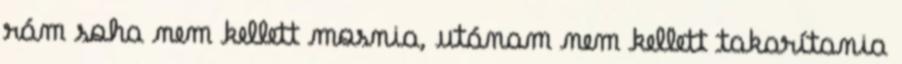
rám soha nem kellett mosnia, utánam nem kellett takarítania